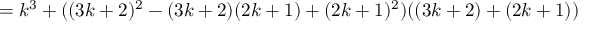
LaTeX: = k ^ { 3 } + ( ( 3 k + 2 ) ^ { 2 } - ( 3 k + 2 ) ( 2 k + 1 ) + ( 2 k + 1 ) ^ { 2 } ) ( ( 3 k + 2 ) + ( 2 k + 1 ) )